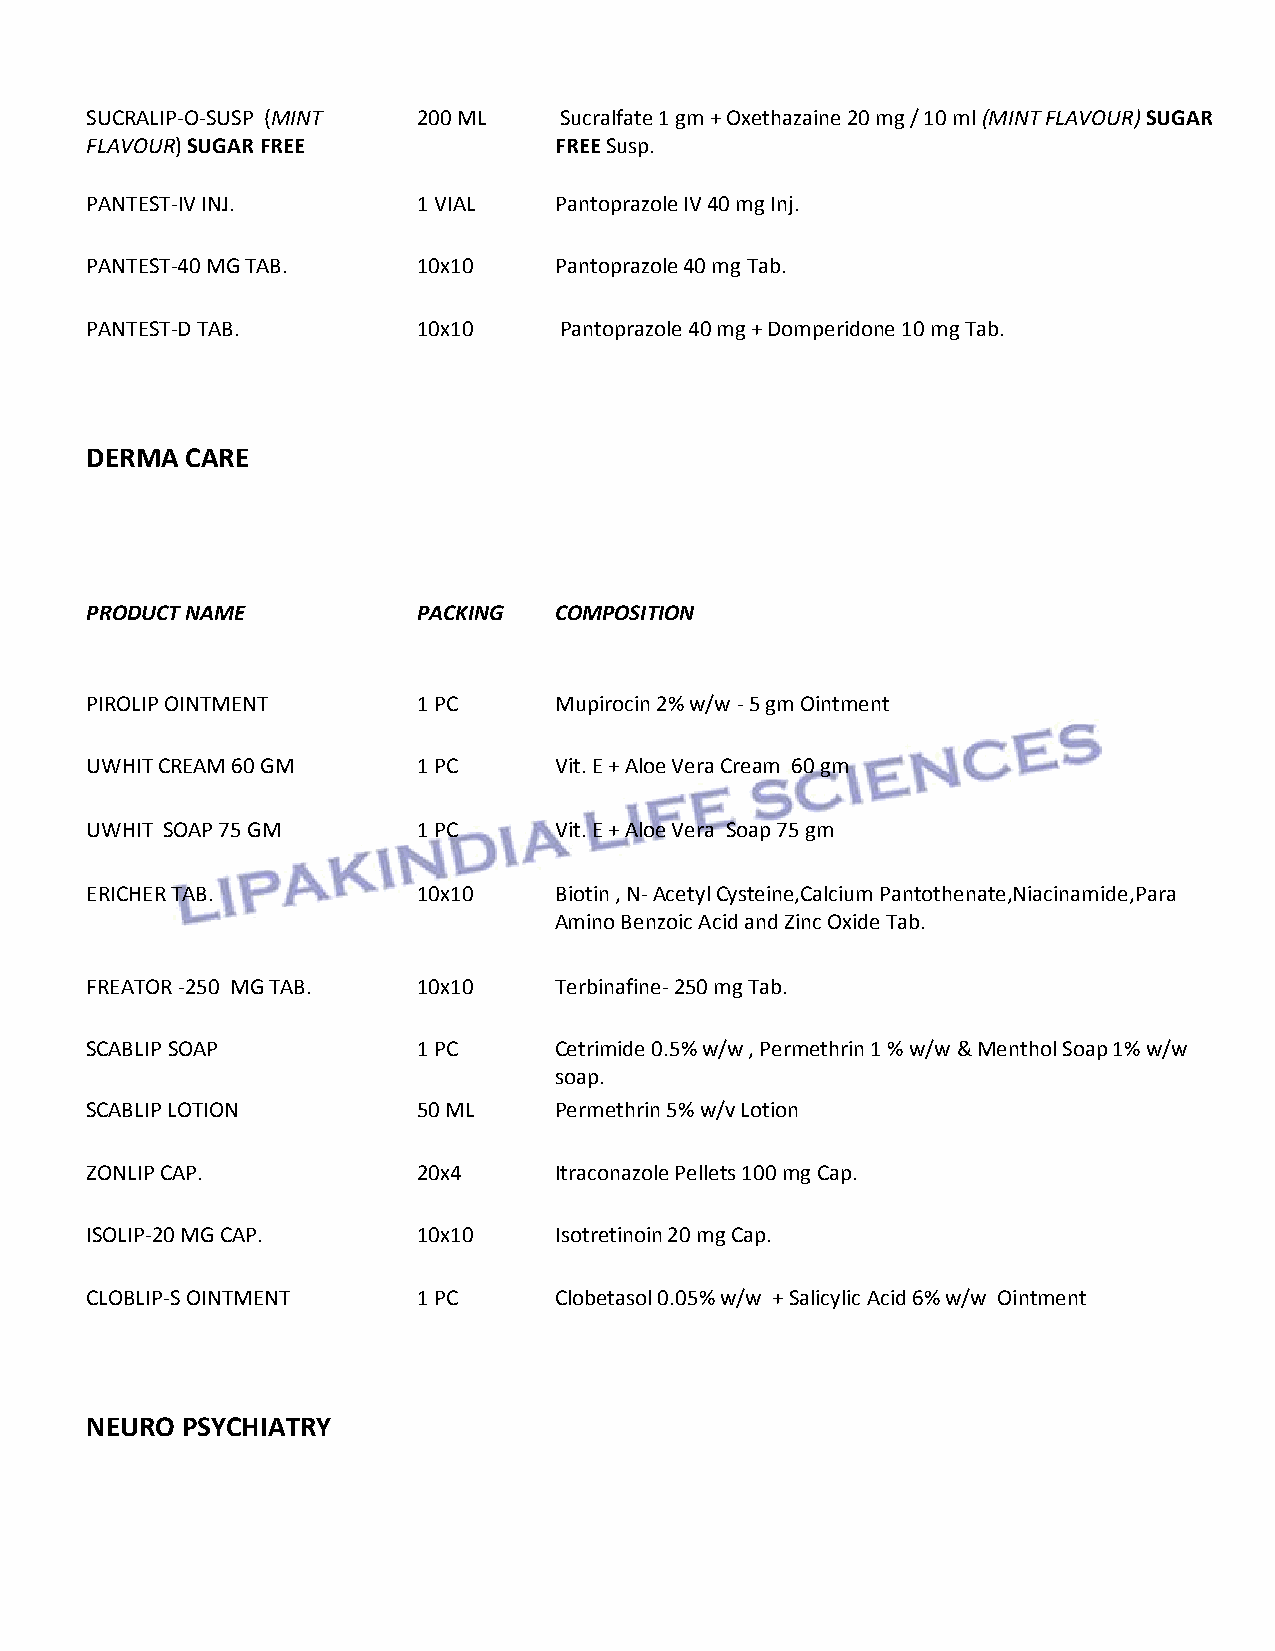
SUCRALIP-O-SUSP (MINT 200 ML   Sucralfate 1 gm + Oxethazaine 20 mg / 10 ml (MINT FLAVOUR) SUGAR
 FLAVOUR) SUGAR FREE            FREE Susp.
 PANTEST-IV INJ.       1 VIAL   Pantoprazole IV 40 mg Inj.
 PANTEST-40 MG TAB.    10x10    Pantoprazole 40 mg Tab.
 PANTEST-D TAB.        10x10    Pantoprazole 40 mg + Domperidone 10 mg Tab.
 DERMA CARE
 PRODUCT NAME          PACKING  COMPOSITION
 PIROLIP OINTMENT      1 PC     Mupirocin 2% w/w - 5 gm Ointment
 UWHIT CREAM 60 GM     1 PC     Vit. E + Aloe Vera Cream 60 gm
 UWHIT SOAP 75 GM      1 PC     Vit. E + Aloe Vera Soap 75 gm
 ERICHER TAB.          10x10    Biotin , N- Acetyl Cysteine,Calcium Pantothenate,Niacinamide,Para
 Amino Benzoic Acid and Zinc Oxide Tab.
 FREATOR -250 MG TAB.  10x10    Terbinafine- 250 mg Tab.
 SCABLIP SOAP          1 PC     Cetrimide 0.5% w/w , Permethrin 1 % w/w & Menthol Soap 1% w/w
 soap.
 SCABLIP LOTION        50 ML    Permethrin 5% w/v Lotion
 ZONLIP CAP.           20x4     Itraconazole Pellets 100 mg Cap.
 ISOLIP-20 MG CAP.     10x10    Isotretinoin 20 mg Cap.
 CLOBLIP-S OINTMENT    1 PC     Clobetasol 0.05% w/w + Salicylic Acid 6% w/w Ointment
 NEURO PSYCHIATRY